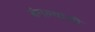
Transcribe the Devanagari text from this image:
बंगल्यांची